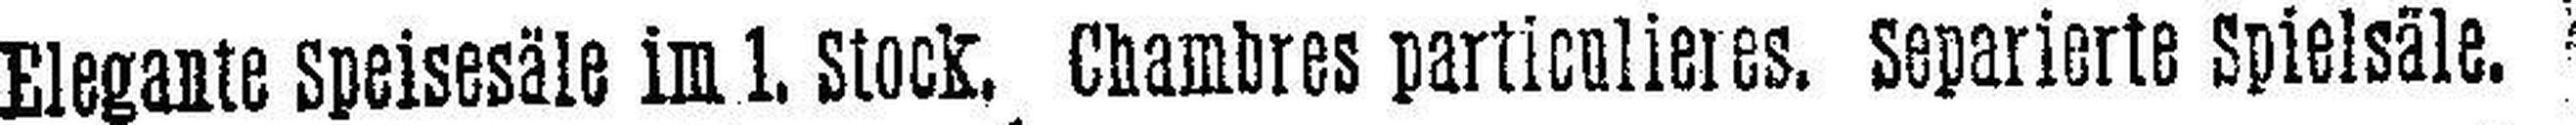
Elegante speisesäle im 1. Stock. Chambres partionlietes separierte Spielsäle.